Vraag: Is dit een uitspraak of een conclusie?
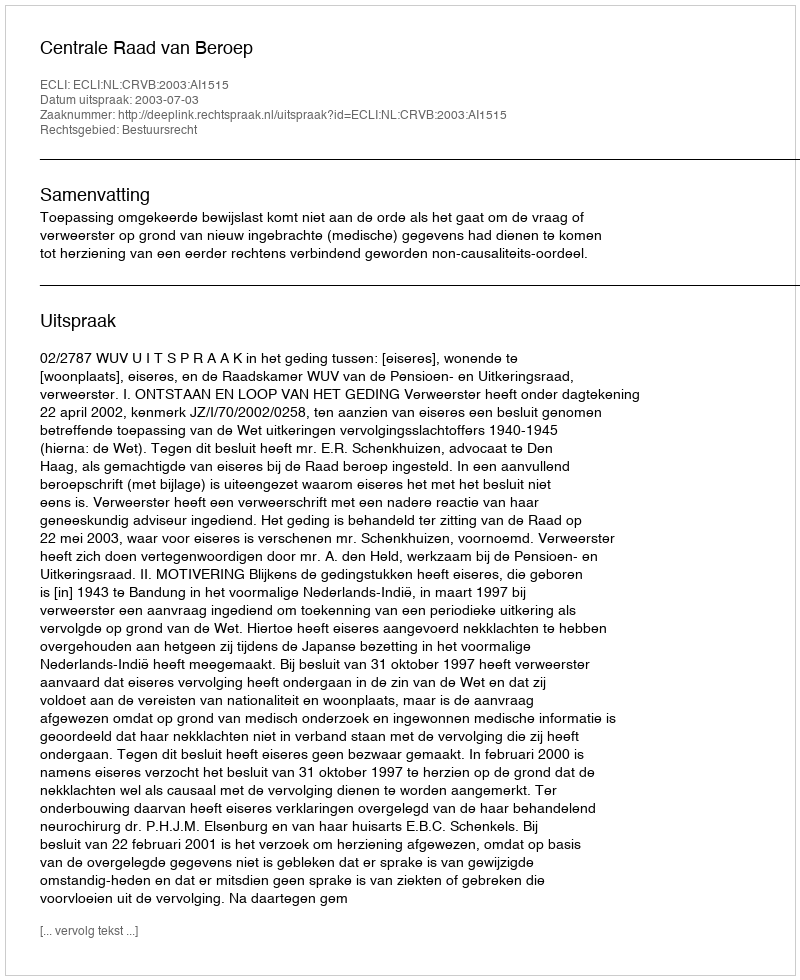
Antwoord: Uitspraak